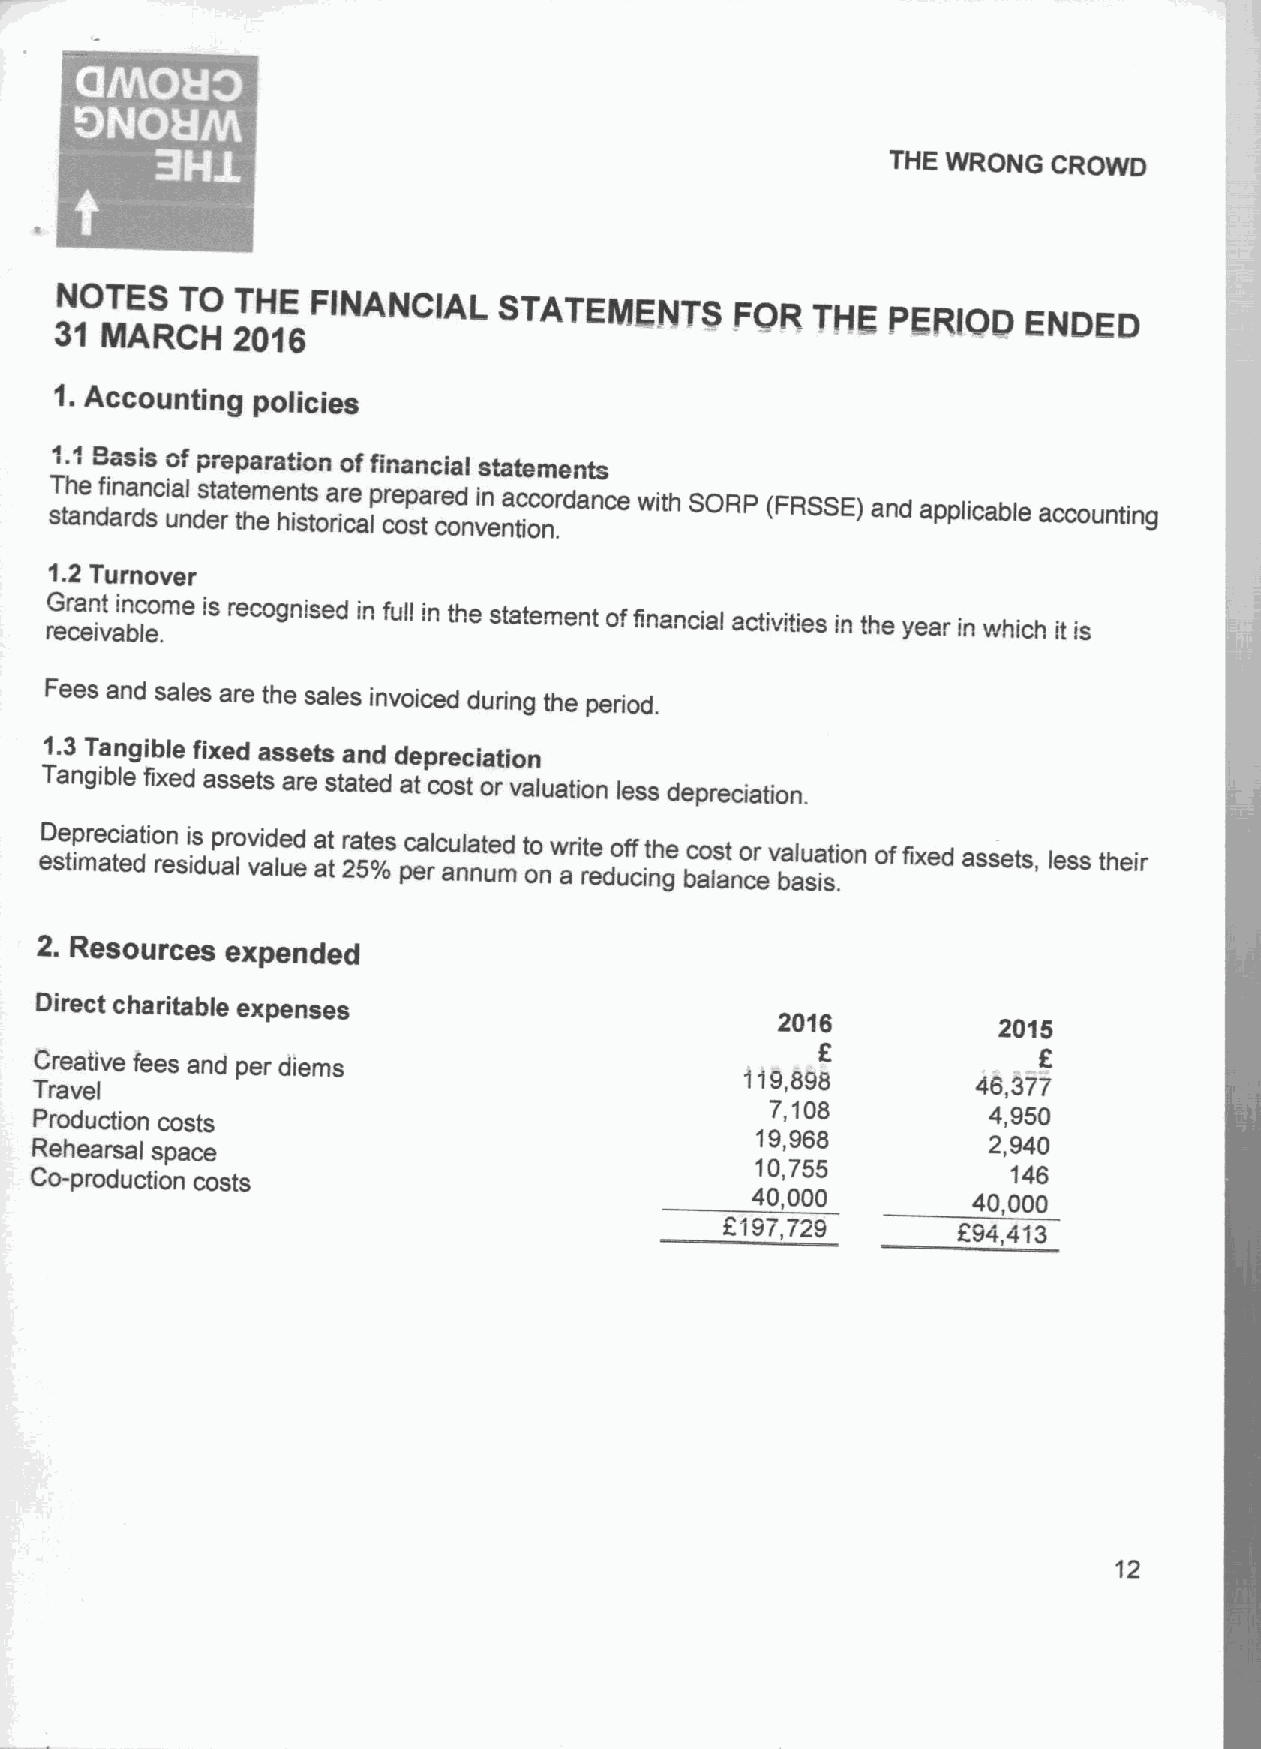
~   ~  e
 ~ e
 THE WRONG  CROWD
 3N 1O IT NE AS RCT HO 2T 0H 1E 6FINANCIAL STATEMENTS FOR THE PERIOD ENDED
 1.
 Accounting policies
 1. 1 8asis of preparation offinancial
 statements
 sT th ane df ai rn da sncia ul nds et rate thm een ht is stora icre alpr ce op sa tre cd onvi en na tic oc no .rdance with SORP (FRSSE)and
 applicable accounting
 1.2
 Turnover
 G rer ca en it vai bn lc eo .me is recognised in full in the statement offinancial activities in the year in which it is
 Fees and sales are the sales invoiced during the period.
 1.3
 Tangible fixed assets and depreciation
 Tangible fixed assets are stated at cost or valuation less depreciation.
 eD se tip mre ac teia dtion resii ds uap lrov vi ad le ud e a at t r 2a 5te %s pc ea rlc au nla nt ue md t oo nw arit re edo uf cf int ghe bc ao ls at nco er v bal au sa it sio .n offixed assets, less their
 2. Resources expended
 Direct charitable expenses
 2016           2015
 6
 Creative fees and per diems
 Travel
 119,898         46,377
 Production costs
 7,108         4,950
 Rehearsal space
 19,968
 2,940
 10,755
 146
 Co-production costs
 40,000        40,000
 2197,729       K94,413
 12